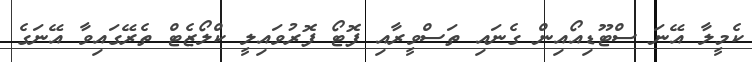
ކެމީލާ އޭނަ ސްޓޫޑިއޯއިން ގެނައި ތަސްވީރާއި ފޮޓޯ ފޮރުވައިލީ ކްލޯޒެޓް ތެރޭގައިވާ އޭނަގެ